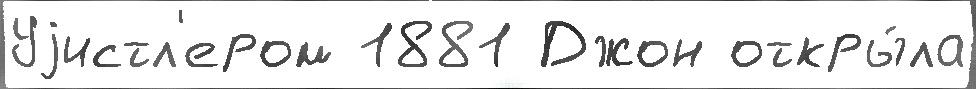
Уjистл'ером 1881 Джон откры́ла